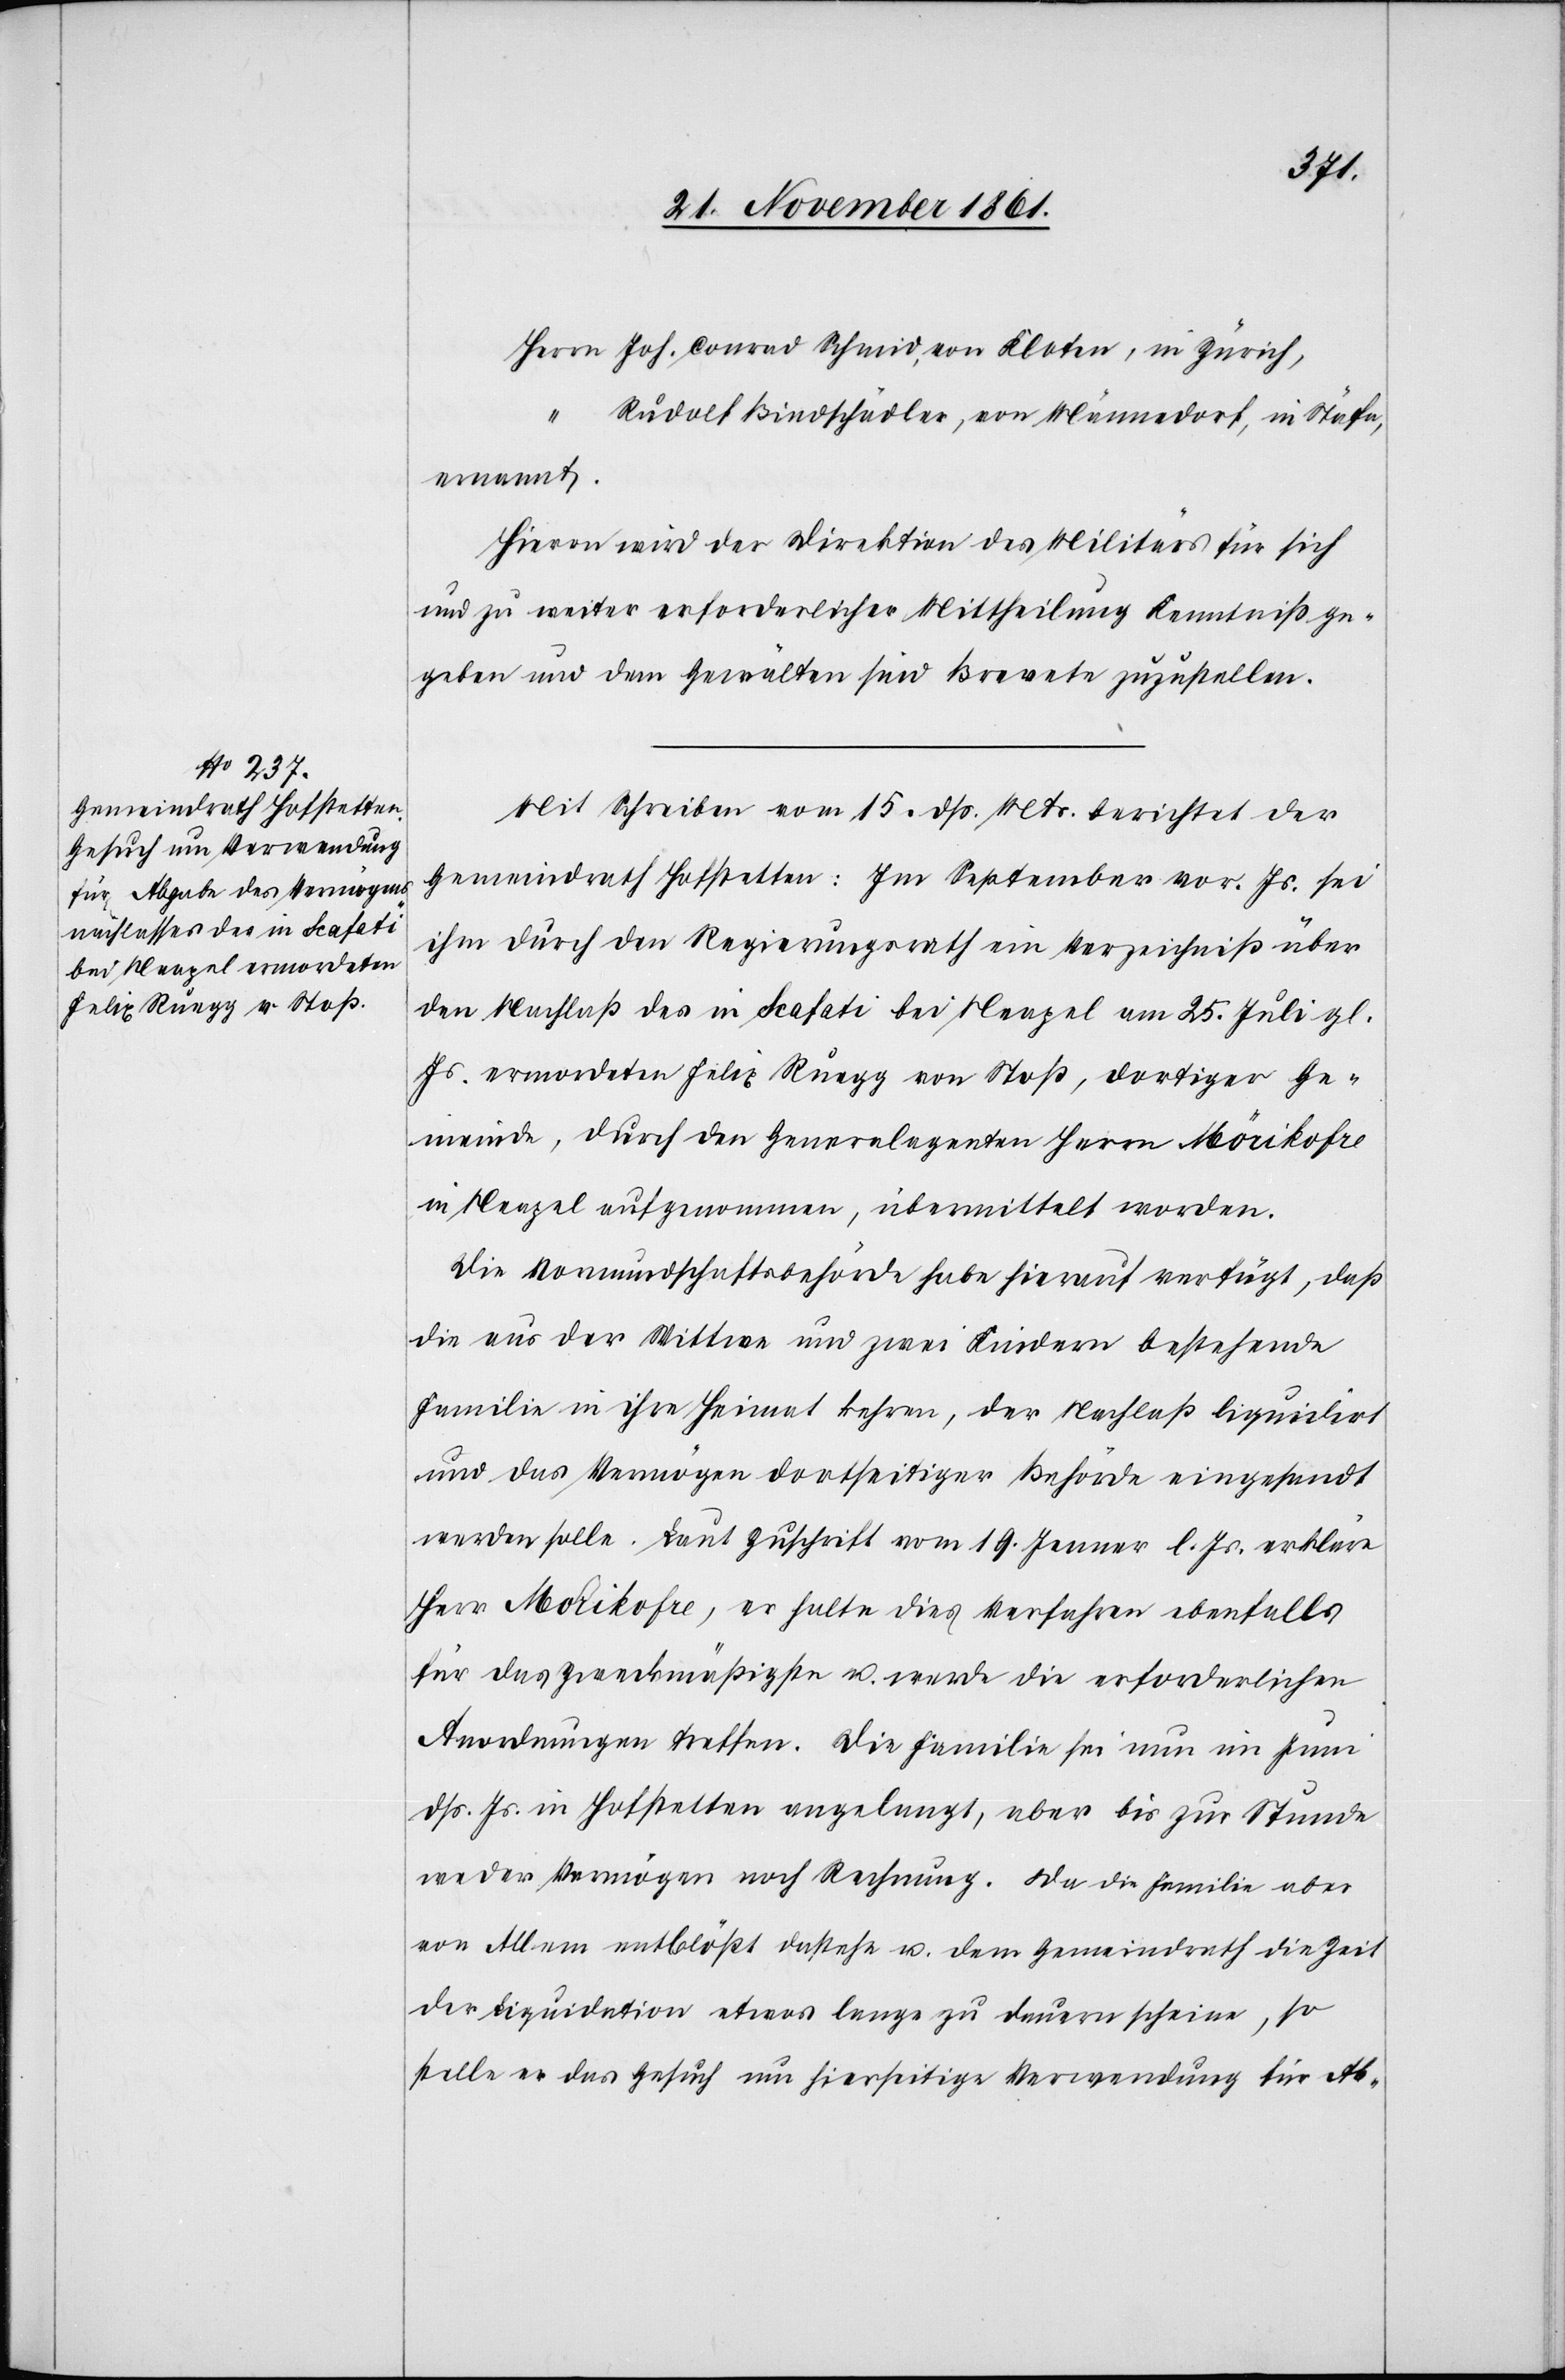
Joh.
“
Rudolf Bindschädler, von Männedorf, in Stäfa,
ernannt.
Hievon wird der Direktion des Militärs für sich
und zu weiter erforderlicher Mittheilung Kenntniß ge¬
geben und den Gewälten sind Brevete zuzustellen.
Mit Schreiben vom 15 dß. Mts. berichtet der
Gemeindrath Hofstetten: Im September vor. Js. sei
ihm durch den Regierungsrath ein Verzeichniß über
den Nachlaß des in Scafati bei Neapel am 25 Juli gl.
Js. ermordeten Felix Ruegg von Stoß, dortiger Ge¬
meinde, durch den Generalagenten Herrn Mörikofre
in Neapel aufgenommen, übermittelt worden.
Die Vormundschaftsbehörde habe hierauf verfügt, daß
die aus der Wittwe und zwei Kindern bestehende
Familie in ihre Heimat kehren, der Nachlaß liquidirt
und das Vermögen dortseitiger Behörde eingesandt
werden solle. Laut Zuschrift vom 19 Jenner l. Js. erkläre
Herr Mörikofre, er halte dies Verfahren ebenfalls
für das zweckmäßigste u. werde die erforderlichen
Anordnungen treffen. Die Familie sei nun im Juni
dß. Js. in Hofstetten angelangt, aber bis zur Stunde
weder Vermögen noch Rechnung. Da die Familie aber
von Allem entblößt dastehe u. dem Gemeindrath die Zeit
der Liquidation etwas lange zu dauern scheine, so
stelle er das Gesuch um hierseitige Verwendung für Ab-